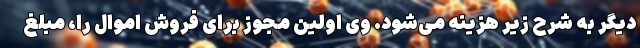
دیگر به شرح زیر هزینه می‌شود. وی اولین مجوز برای فروش اموال را، مبلغ